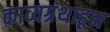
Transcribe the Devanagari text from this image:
काव्यग्रंथाहून